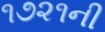
૧૭૨૧ની